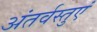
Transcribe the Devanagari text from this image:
अंतर्वस्तुएं